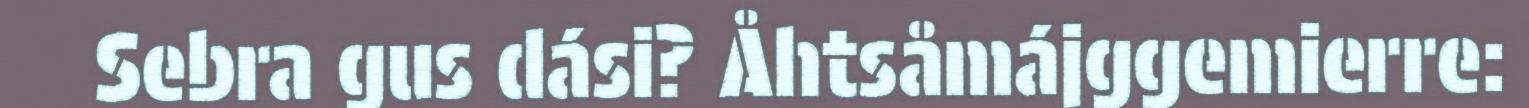
Sebra gus dási? Åhtsåmájggemierre: